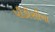
પીડીસીના